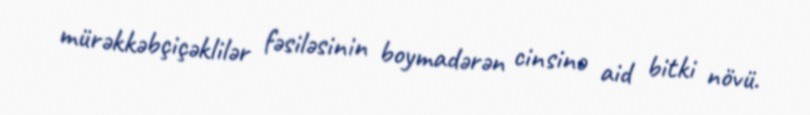
mürəkkəbçiçəklilər fəsiləsinin boymadərən cinsinə aid bitki növü.